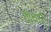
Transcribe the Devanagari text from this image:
दीवार्